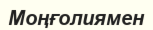
Моңғолиямен